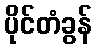
ပိုင်တံခွန်